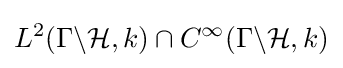
L^{2}(\Gamma \backslash {\mathcal {H}},k)\cap C^{\infty }(\Gamma \backslash {\mathcal {H}},k)